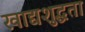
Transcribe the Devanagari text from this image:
खाद्यशुद्धता